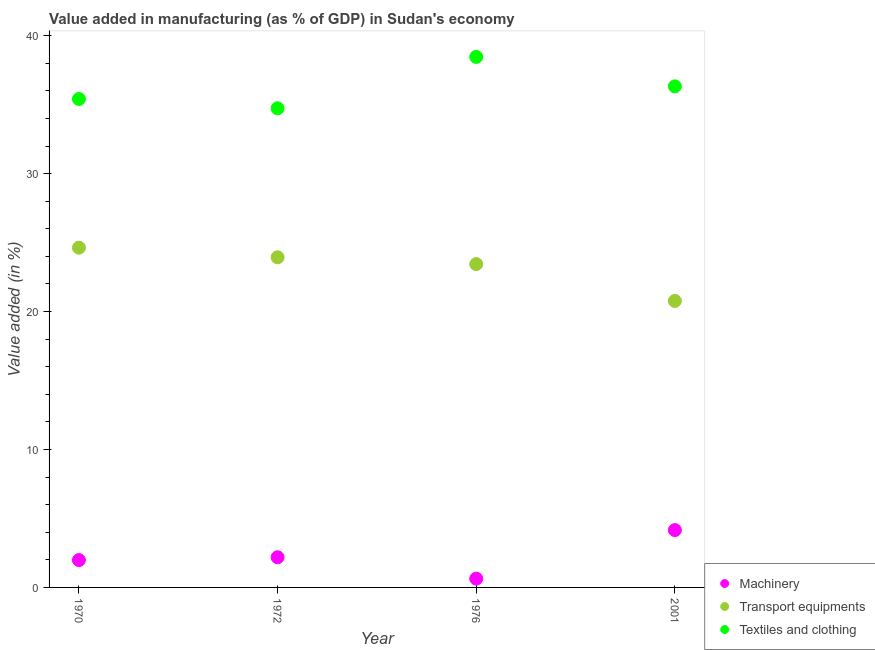
| Year | Machinery | Transport equipments | Textiles and clothing |
 | --- | --- | --- | --- |
 | 1970 | 1.98 | 24.6 | 35.4 |
 | 1972 | 2.19 | 23.9 | 34.7 |
 | 1976 | 0.637 | 23.4 | 38.5 |
 | 2001 | 4.16 | 20.8 | 36.3 |